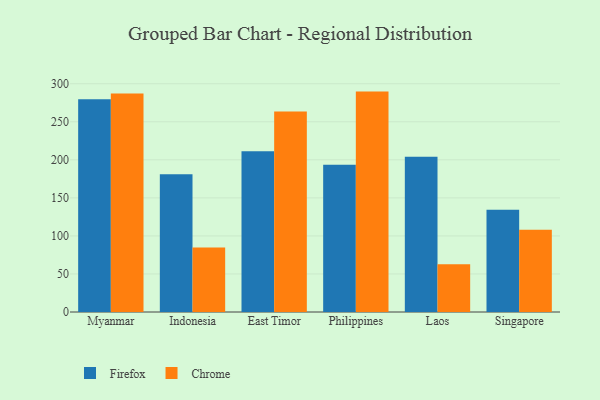
{"axis": {"x": "Country", "y": "Temperature (°C)"}, "legend": ["Chrome", "Firefox"], "data": [{"x": "Myanmar", "y": 279.8, "type": "Firefox"}, {"x": "Myanmar", "y": 287.1, "type": "Chrome"}, {"x": "Indonesia", "y": 181.1, "type": "Firefox"}, {"x": "Indonesia", "y": 84.7, "type": "Chrome"}, {"x": "East Timor", "y": 211.3, "type": "Firefox"}, {"x": "East Timor", "y": 263.5, "type": "Chrome"}, {"x": "Philippines", "y": 193.7, "type": "Firefox"}, {"x": "Philippines", "y": 289.7, "type": "Chrome"}, {"x": "Laos", "y": 204.2, "type": "Firefox"}, {"x": "Laos", "y": 62.6, "type": "Chrome"}, {"x": "Singapore", "y": 134.4, "type": "Firefox"}, {"x": "Singapore", "y": 108.1, "type": "Chrome"}]}